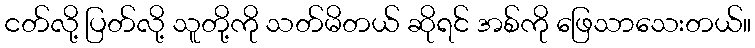
ငတ်လို့ ပြတ်လို့ သူတို့ကို သတ်မိတယ် ဆိုရင် အစ်ကို ဖြေသာသေးတယ်။